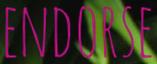
ENDORSE